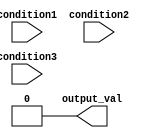
module multiple_if_else (
    input wire condition1,
    input wire condition2,
    input wire condition3,
    output reg output_val
);

always @(*)
begin
    if (condition1)
    begin
        output_val <= 4'b0010; // Assign output value for condition1 being true
    end
    else if (condition2)
    begin
        output_val <= 4'b0100; // Assign output value for condition2 being true
    end
    else if (condition3)
    begin
        output_val <= 4'b1000; // Assign output value for condition3 being true
    end
    else
    begin
        output_val <= 4'b0000; // Default output value if none of the conditions are true
    end
end

endmodule